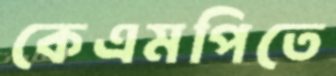
কেএমপিতে